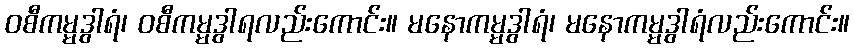
ဝစီကမ္မဒွါရံ၊ ဝစီကမ္မဒွါရလည်းကောင်း။ မနောကမ္မဒွါရံ၊ မနောကမ္မဒွါရံလည်းကောင်း။